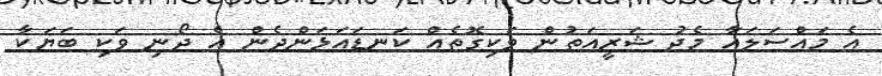
އެ މައްސަލައާ މެދު ޝަރީއަތުން ވަކިގޮތެއް ކަނޑައަޅަންދެން އެ ދޯނި ވަކި ބަޔަކާ